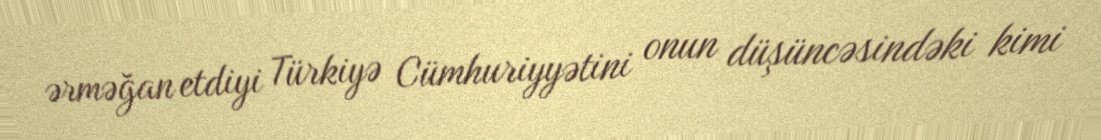
ərməğan etdiyi Türkiyə Cümhuriyyətini onun düşüncəsindəki kimi